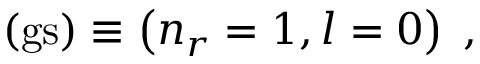
( \mathrm { g s } ) \equiv \left( n _ { r } = 1 , l = 0 \right) \; ,